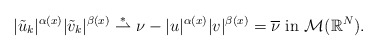
\begin{align*} |\tilde{u}_k|^{\alpha(x)}|\tilde{v}_k|^{\beta(x)} \overset{\ast}{\rightharpoonup} \nu - |u|^{\alpha(x)}|v|^{\beta(x)}= \overline{\nu} \mbox{ in } \mathcal{M}(\mathbb{R}^{N}). \end{align*}